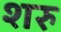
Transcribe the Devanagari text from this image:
शरु